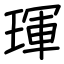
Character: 琿